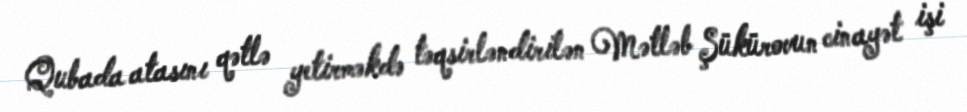
Qubada atasını qətlə yetirməkdə təqsirləndirilən Mətləb Şükürovun cinayət işi